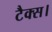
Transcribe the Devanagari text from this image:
टैक्स।